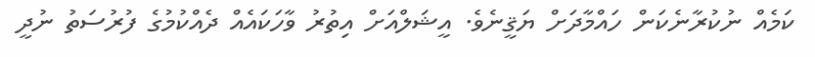
ކަމެއް ނުކުރާނެކަން ހައްމާދަށް ޔަޤީނެވެ. އީޝަލްއަށް އިތުރު ވާހަކައެއް ދެއްކުމުގެ ފުރުސަތު ނުދީ